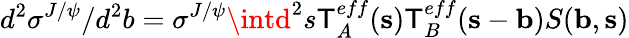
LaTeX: d^{2}\sigma^{J/\psi}/d^{2}b=\sigma^{J/\psi}\intd^{2}s\mathsf{T}_{A}^{eff}({\mathbf{s}})\mathsf{T}_{B}^{eff}({\mathbf{s}}-{\mathbf{b}})S({\mathbf{b}},{\mathbf{s}})